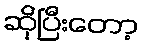
ဆိုပြီးတော့